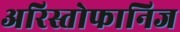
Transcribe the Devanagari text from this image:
अरिस्तोफानिज